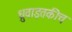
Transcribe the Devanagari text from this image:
ध्रुवाइतकीच